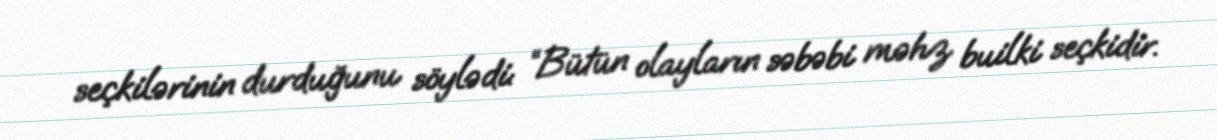
seçkilərinin durduğunu söylədi: “Bütün olayların səbəbi məhz builki seçkidir.